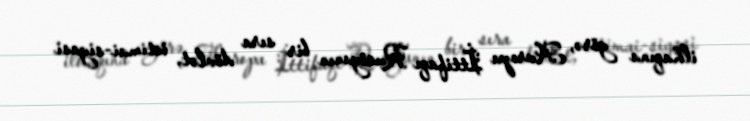
ilhaqına görə, Avropa İttifaqı Rusiyanın bir sıra dövlət, ictimai-siyasi